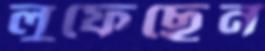
লুফেছেন